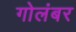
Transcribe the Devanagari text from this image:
गोलंबर